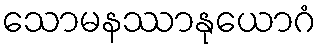
သောမနဿာနုယောဂံ